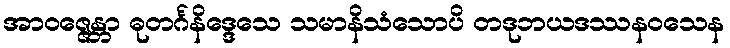
အာဝဇ္ဇေန္တာ ဓုတင်္ဂနိဒ္ဒေသေ သမာနိသံသောပိ တဒုဘယဒဿနဝသေန